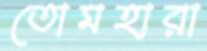
তোমহারা